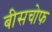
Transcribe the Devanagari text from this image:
बीसचोफ